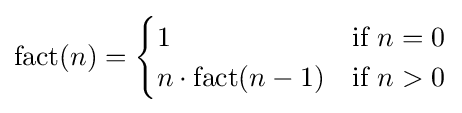
\operatorname {fact} (n)={\begin{cases}1&{\mbox{if }}n=0\\n\cdot \operatorname {fact} (n-1)&{\mbox{if }}n>0\\\end{cases}}